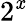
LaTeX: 2^{\mathit{x}}